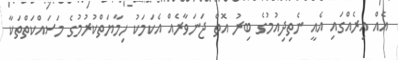
އެއް އިރެއްގައި އެއީ ނެތިދިއުމުގެ ބިރު އޮތް ޖަނަވާރެއް އެކަމަކު ހިމާޔަތްކުރުމުގެ މަސައްކަތްތަކާ